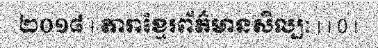
២០១៨ | តារាខ្មែរព័ត៌មានសិល្បៈ | | 0 |